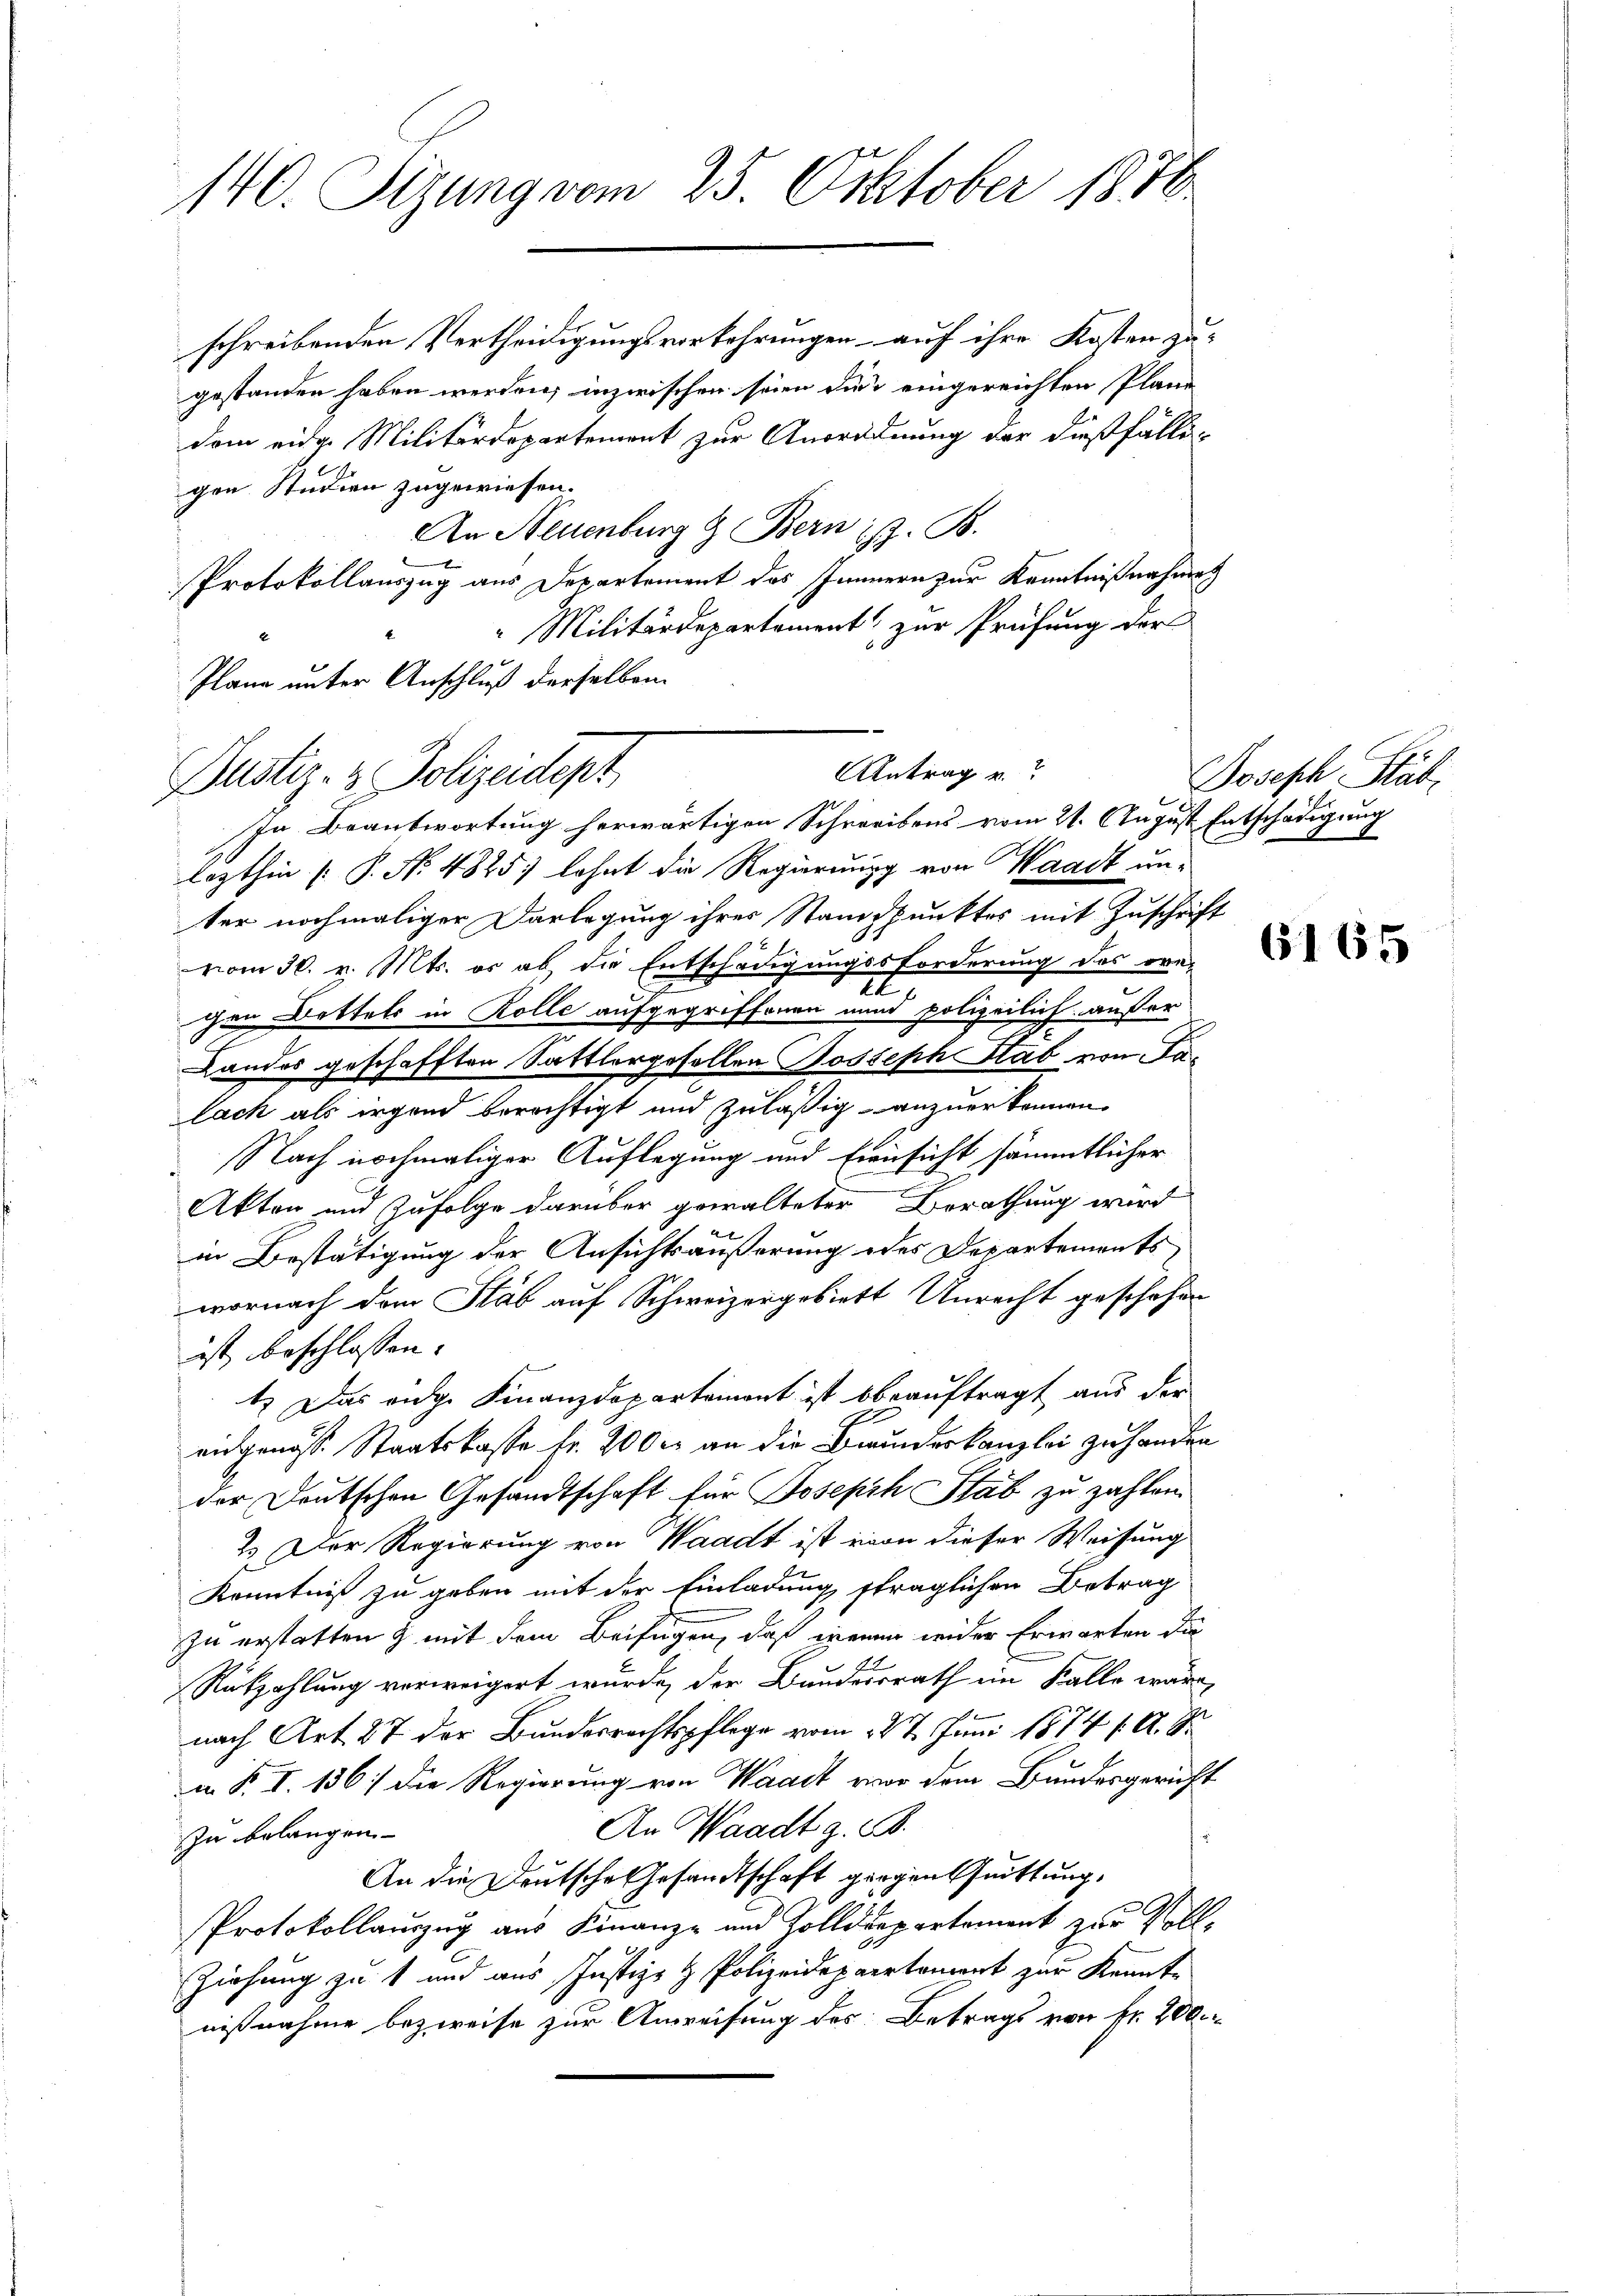
140. Sizung vom 25. Oktober 188

schreibenden Vertheidigungsverkehrungen auf ihre Kosten zu-
gestanden haben werden; inzwischen seien die eingereichten Plane
dem eidge Militärdepartement zur Anordnung der dießfälligen Studien zugewiesen.
An Neuenburg & Bern ist. B.
Protokollauszug aus Departement das Innern zur Kenntnißnahme
 Militärdepartement zur Prüfung der
Plane unter Anschluß derselben

Antrag u.
Justiz- & Polizeidept
In Beantwortung herwärtigen Schreibens vom 21. August Entschädigung

lezthin [P. No 4825; lohnt die Regierung von Waadt un-
ter nochmaliger Darlegung ihres Standpunktes mit Zuschrift
vom 30. v. Mts. er ab, die Entschädigungssforderung des ore-
2
chen Bettels in Rolle aufgegriffenen und polizeilich auf er
Landes geschafften Sattlergesellen Joseph Stab von Talach als irgend berechtigt und zuläßig anzuerkennen.
Nach nochmaliger Auflegung und Einsicht sämmtlicher
Akten und Zufolge darüber gewalteter Berathung wird
in Bestätigung der Ansichtsäußerung des Departements
wornach dem Stab auf Schweizergebiett Unrecht geschehen
ist beschlossen:
1.) Das eidge Finanzdepartement ist beauftragt aus der
eidgenöss. Staatskasse Fr. 200 r an die Braundeskanzlei zu handen
der Deutschen Gesandtschaft für Joseph Stab zu zahlen.
2.) Der Regierung von Waadt ist von dieser Weisung
Kenntniß zu geben mit der Einladung sträglichen Betrag
zu erstatten & mit dem Beifügen, daß wenn wider Erwarten die
Rükzahlung verweigert wurde, der Bundesrath im Kalle wäre,
nach Art. 87 der Bundesrechtspflege vom 12t Juni 1874 f. A. S.
i. B. I. 136 :/ die Regierung von Waadt vor dem Bundesgericht
An Waadt z. B.
Zu belangen
An die Deutsche Gesandtschaft gegen Quittung,
Protokollauszug aus Finanz- und Zolldepartement zur Voll¬
Ziehung zu 1 und aus Justiz- & Polizeidepartement zur Kennte
nißnahme bezweife zur Anweisung des Betrags von fr. 200.

Joseph Stäb

6165